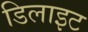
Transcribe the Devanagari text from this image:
डिलाइट